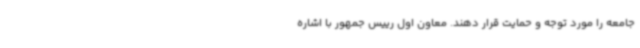
جامعه را مورد توجه و حمایت قرار دهند. معاون اول رییس جمهور با اشاره